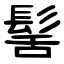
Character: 髺